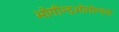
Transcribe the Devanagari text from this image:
भोगीन्द्रभोगोन्नतः